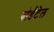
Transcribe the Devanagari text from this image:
बोर्डटेल